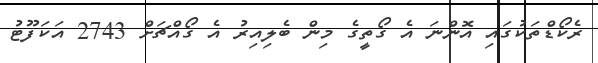
ރެކޯޑްތަކުގައި އޮންނަ އެ ގޯތީގެ މިން ބެލިއިރު އެ ގޯއްޗަށް 2743 އަކަފޫޓު